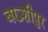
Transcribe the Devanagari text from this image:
बख्शीपुर